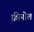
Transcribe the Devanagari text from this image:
फ़्रीनोल